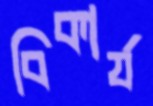
বিকার্য